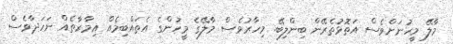
މާލޭ މީހުނަށްވެސް އަތޮޅުތެރޭން ބިންލިބޭ. މިހާރުވެސް މާލޭގެ މީހުންގެ އެތައްބިމެއް އިމާރާތެއް ނަހަދާވެސް